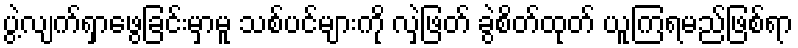
ပွဲ့လျက်ရှာဖွေခြင်းမှာမူ သစ်ပင်များကို လှဲဖြတ် ခွဲစိတ်ထုတ် ယူကြရမည်ဖြစ်ရာ